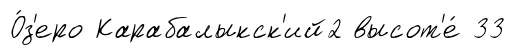
О́з'еро Карабалыкск'ий2 высот'е́ 33